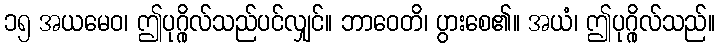
၁၅ အယမေဝ၊ ဤပုဂ္ဂိုလ်သည်ပင်လျှင်။ ဘာဝေတိ၊ ပွားစေ၏။ အယံ၊ ဤပုဂ္ဂိုလ်သည်။